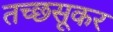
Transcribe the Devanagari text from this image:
तच्छसूकर